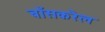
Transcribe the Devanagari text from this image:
बाँसकरैल